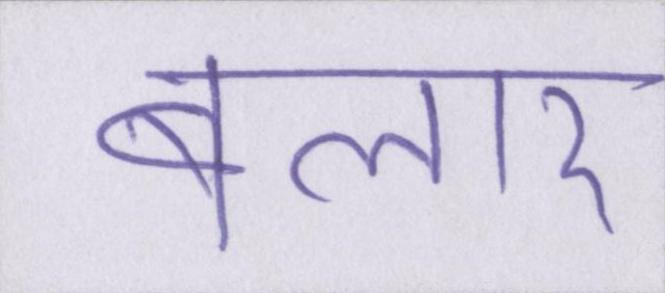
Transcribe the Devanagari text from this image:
बलार